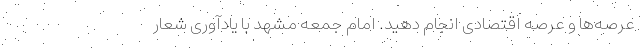
عرصه‌ها و عرصه اقتصادی انجام دهید. امام جمعه مشهد با یادآوری شعار